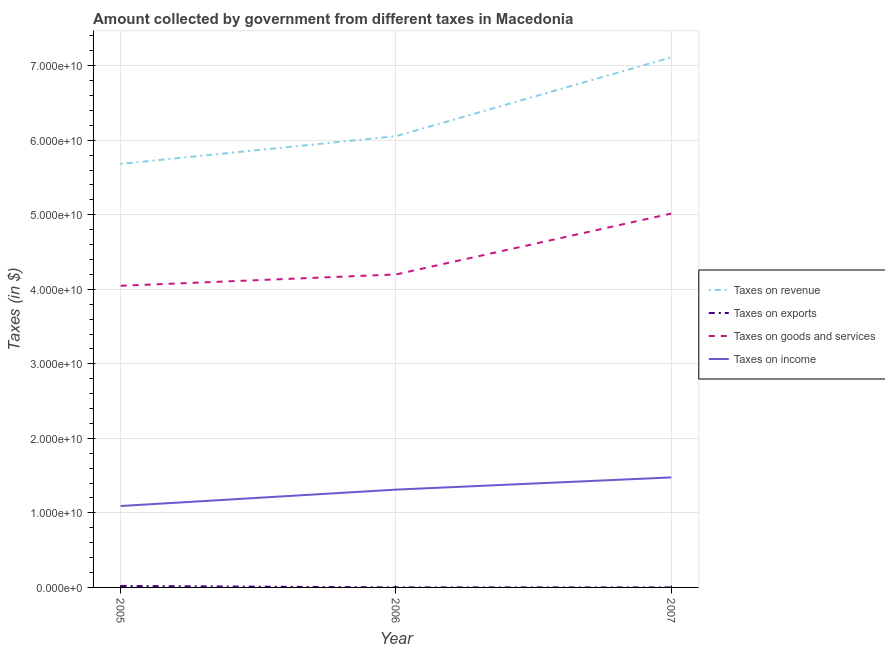
| Year | Taxes on revenue | Taxes on exports | Taxes on goods and services | Taxes on income |
 | --- | --- | --- | --- | --- |
 | 2005 | 5.68e+10 | 1.99e+08 | 4.05e+10 | 1.09e+10 |
 | 2006 | 6.05e+10 | 3.9e+06 | 4.2e+10 | 1.31e+10 |
 | 2007 | 7.11e+10 | 1.31e+04 | 5.02e+10 | 1.48e+10 |